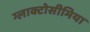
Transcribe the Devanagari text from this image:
ग्लाक्टोसीमिया